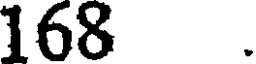
168 .